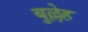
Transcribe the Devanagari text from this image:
बुल्लेह